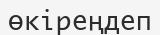
өкіреңдеп